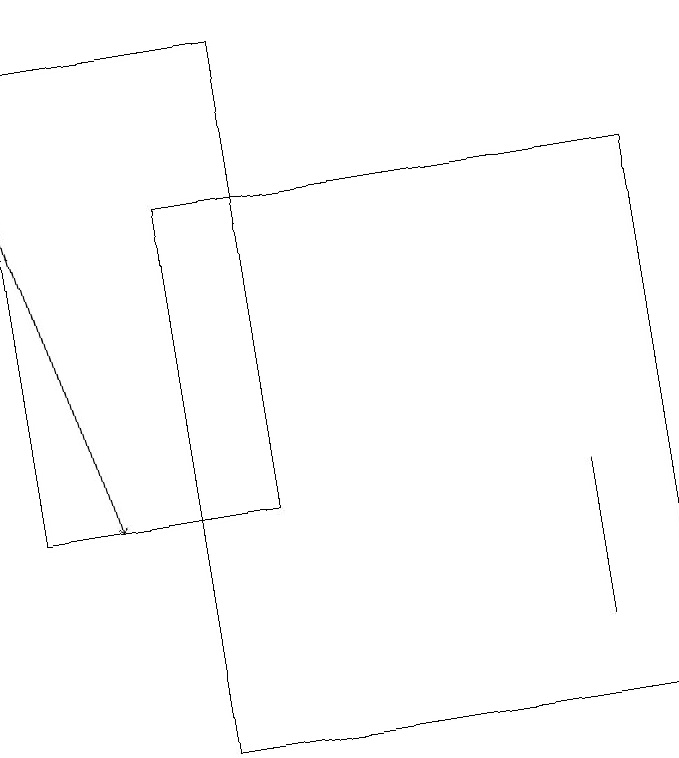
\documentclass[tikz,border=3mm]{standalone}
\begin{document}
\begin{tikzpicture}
\draw (8,17) rectangle (2,10);
\draw[->] (0,17) -- (1,13);
\draw (0,19) rectangle (3,13);
\draw (7,11) rectangle (7,13);
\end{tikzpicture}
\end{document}